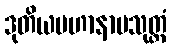
ဒုတိယမဟာနာမသုတ္တံ